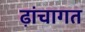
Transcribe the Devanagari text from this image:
ढ़ांचागत